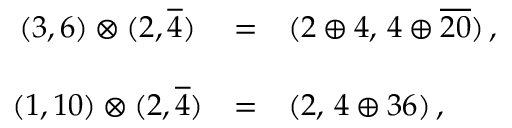
\begin{array} { c l l } { { ( 3 , 6 ) \otimes ( 2 , \overline { { { 4 } } } ) } } & { { = } } & { { ( 2 \oplus 4 , \, 4 \oplus \overline { { { 2 0 } } } ) \, , } } \\ { { { } } } & { { { } } } & { { { } } } \\ { { ( 1 , 1 0 ) \otimes ( 2 , \overline { { { 4 } } } ) } } & { { = } } & { { ( 2 , \, 4 \oplus 3 6 ) \, , } } \end{array}